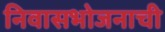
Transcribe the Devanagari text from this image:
निवासभोजनाची